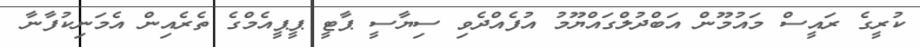
ކުރީގެ ރައީސް މައުމޫން އަބްދުލްގައްޔޫމު އުފެއްދެވި ސިޔާސީ ޕާޓީ ޕީޕީއެމްގެ ތެރެއިން އެމަނިކުފާނާ